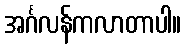
အင်္ဂလန်ကလာတာပါ။